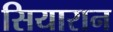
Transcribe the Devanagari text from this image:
सियारान